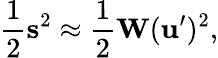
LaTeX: \frac{1}{2}\mathbf{s}^{2}\approx\frac{1}{2}\mathbf{W}(\mathbf{u}^{\prime})^{2},